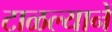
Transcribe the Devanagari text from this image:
टाळल्यानें